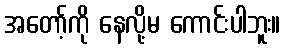
အတော့်ကို နေလို့မ ကောင်းပါဘူး။